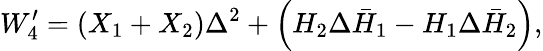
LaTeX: W_{4}^{\prime}=(X_{1}+X_{2})\Delta^{2}+\left(H_{2}\Delta\bar{H}_{1}-H_{1}\Delta\bar{H}_{2}\right),